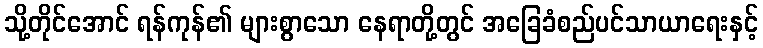
သို့တိုင်အောင် ရန်ကုန်၏ များစွာသော နေရာတို့တွင် အခြေခံစည်ပင်သာယာရေးနှင့်